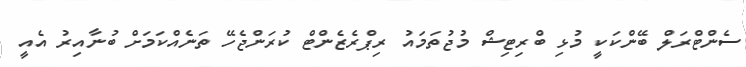
ސެންޓްރަލް ބޭންކަކީ މުޅި ބްރިޓިޝް މުޖުތަމައު ރިޕްރެޒެންޓް ކުރަންޖެހޭ ތަނެއްކަމަށް ބުނާއިރު އެއީ